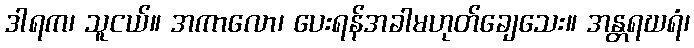
ဒါရက၊ သူငယ်။ အကာလော၊ ပေးရန်အခါမဟုတ်ချေသေး။ အန္တရဃရံ၊